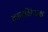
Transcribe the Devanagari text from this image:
काव्यविवेचक